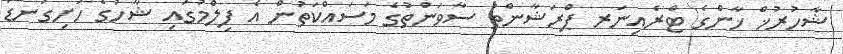
ޝާހުރުޚް ޚާންގެ ޓްރެއިނަރ ޕްރަޝާންތު ސާވަންތުގެ މަސައްކަތުން އެ ފިލްމުގައި ޝާހުގެ ހަށިގަނޑު